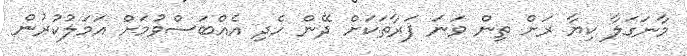
މާނަގަލާ ކިޔާ ރަށް ތިން ވަނަ ފަރާތަކަށް ދޭން ހެދި އެއްބަސްވުމަށް އަމަލުކުރުން